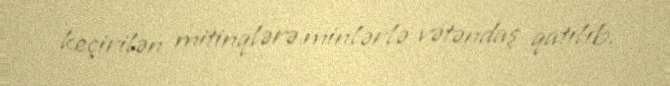
keçirilən mitinqlərə minlərlə vətəndaş qatılıb.